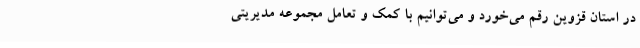
در استان قزوین رقم می‌خورد و می‌توانیم با کمک و تعامل مجموعه مدیریتی